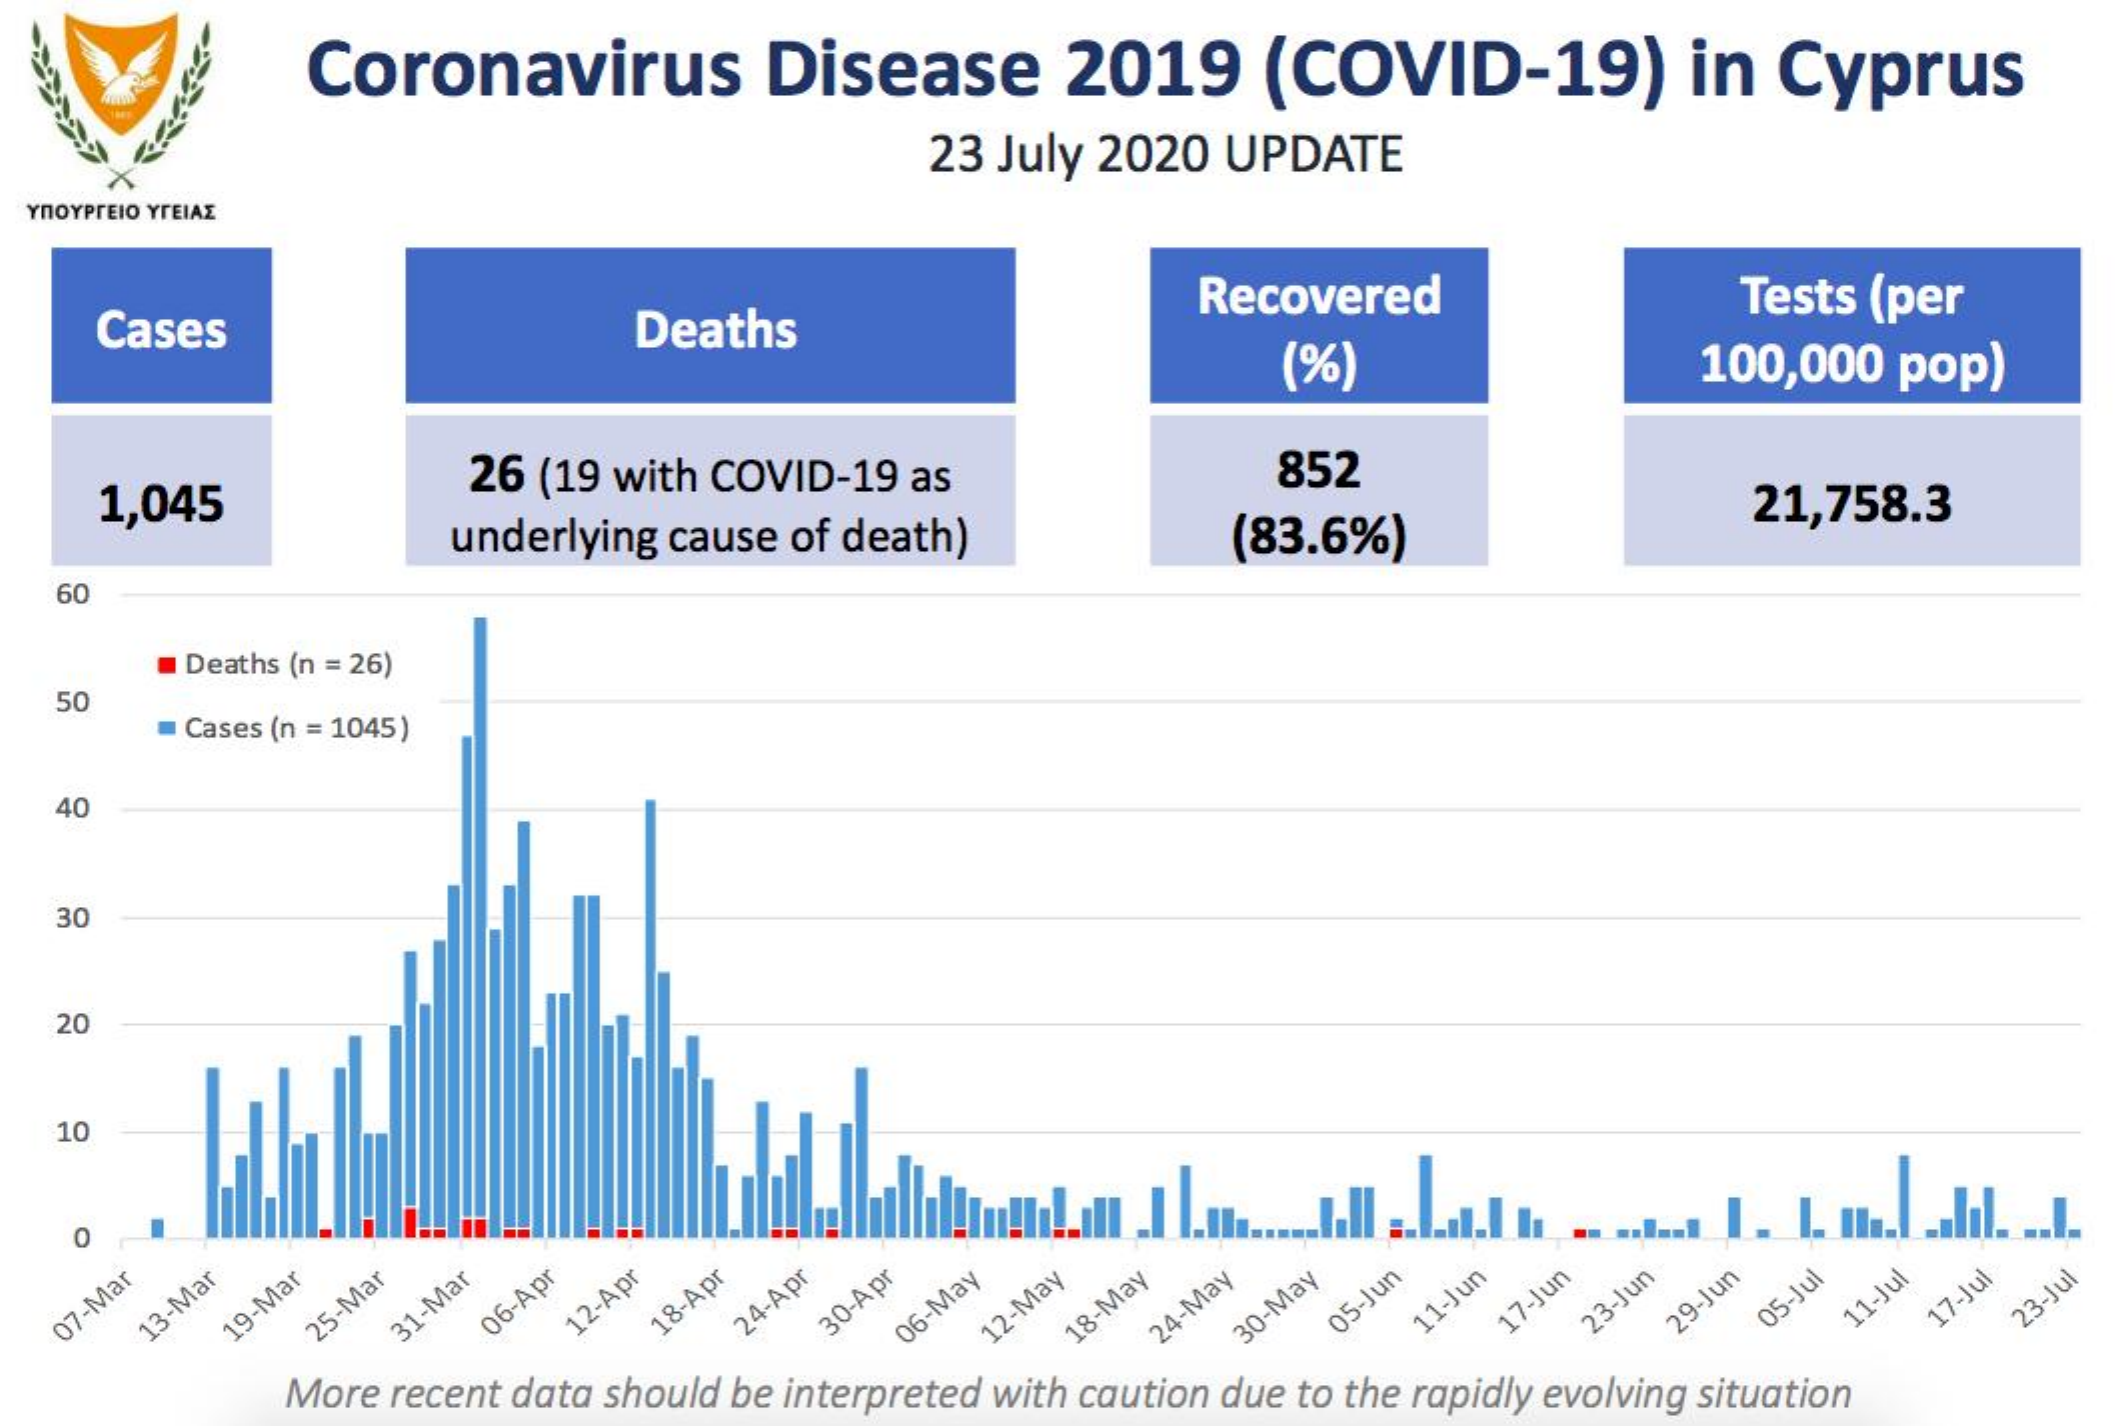
Coronavirus    Disease    2019    (COVID-19)    in  Cyprus
     23 July  2020 UPDATE
  YNOYPrEIO YTEIAZ
     Cases    Deaths
     Recovered
     (%)
     Tests (per
     100,000  pop)
     1,045
     26 (19 with COVID-19 as
     underlying cause of death)
     852
     (83.6%)
     21,758.3
   60
     Deaths (n = 26)
   50
     Cases (n = 1045)
   40
   30
   20
   10
    O
   07-Mar 13-Mar 19-Mar 25-Mar 31-Mar 06-Apr 12-Apr 18-Apr 24-Apr 30-Apr 06-May 12-May
     More recent data should be interpreted with caution due to the rapidly evolving situation
     18-May 24-May 30-May 05-Jun 11-Jun 17-Jun 23-Jun 29-Jun 05-Jul 11-Jul 17-Jul 23-Jul